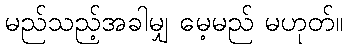
မည်သည့်အခါမျှ မေ့မည် မဟုတ်။